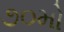
૭૦મો